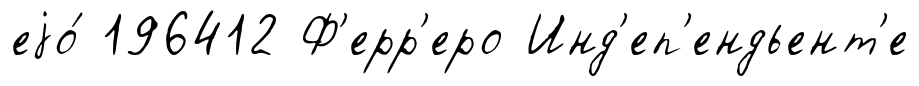
еjо́ 196412 Ф'ерр'еро Инд'еп'ендьент'е